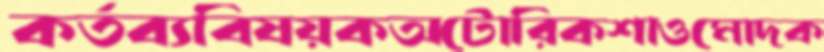
কর্তব্যবিষয়কঅটোরিকশাওমোদক